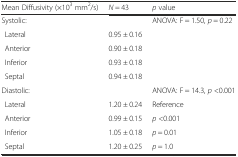
<table><thead><tr><td><b>Mean Diffusivity (×10<sup>3</sup> mm<sup>2</sup>/s)</b></td><td><b><i>N</i> = 43</b></td><td><b><i>p</i> value</b></td></tr></thead><tbody><tr><td>Systolic:</td><td></td><td>ANOVA: F = 1.50, <i>p</i> = 0.22</td></tr><tr><td>Lateral</td><td>0.95 ± 0.16</td><td></td></tr><tr><td>Anterior</td><td>0.90 ± 0.18</td><td></td></tr><tr><td>Inferior</td><td>0.93 ± 0.18</td><td></td></tr><tr><td>Septal</td><td>0.94 ± 0.18</td><td></td></tr><tr><td>Diastolic:</td><td></td><td>ANOVA: F = 14.3, <i>p</i> &lt;0.001</td></tr><tr><td>Lateral</td><td>1.20 ± 0.24</td><td>Reference</td></tr><tr><td>Anterior</td><td>0.99 ± 0.15</td><td><i>p</i> &lt;0.001</td></tr><tr><td>Inferior</td><td>1.05 ± 0.18</td><td><i>p</i> = 0.01</td></tr><tr><td>Septal</td><td>1.20 ± 0.25</td><td><i>p</i> = 1.0</td></tr></tbody></table>